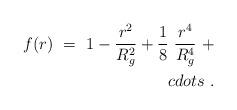
LaTeX: \begin{align*}f(r)\ =\ 1-\frac{r^2}{R^2_g}+\frac18\ \frac{r^4}{R^4_g}\ +\\cdots\ .\end{align*}